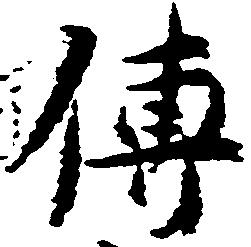
伝